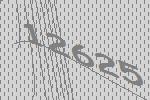
12625